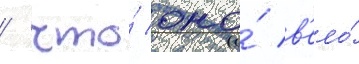
/ что́ оно́ в'ело́